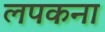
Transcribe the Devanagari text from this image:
लपकना